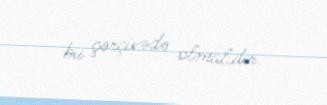
bu çərçivədə olmalıdır.